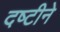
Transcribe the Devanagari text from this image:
दष्‍टीने